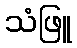
သံဖြူ